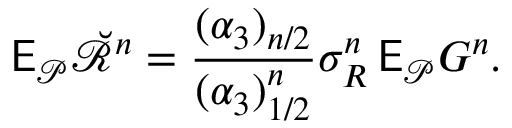
\mathsf E _ { \mathcal P } \breve { \mathscr R } ^ { n } = \frac { ( \alpha _ { 3 } ) _ { n / 2 } } { ( \alpha _ { 3 } ) _ { 1 / 2 } ^ { n } } \sigma _ { R } ^ { n } \, \mathsf E _ { \mathcal P } G ^ { n } .